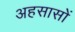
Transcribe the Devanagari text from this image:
अहसासों